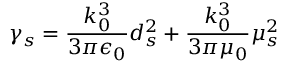
\gamma _ { s } = \frac { k _ { 0 } ^ { 3 } } { 3 \pi \epsilon _ { 0 } } d _ { s } ^ { 2 } + \frac { k _ { 0 } ^ { 3 } } { 3 \pi \mu _ { 0 } } \mu _ { s } ^ { 2 }